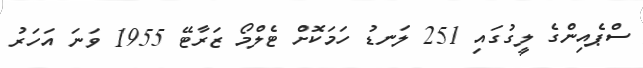
ސްޕެއިންގެ ލީގުގައި 251 ލަނޑު ހަމަކޮށް ޓެލްމޯ ޒަރާޓޭ 1955 ވަނަ އަހަރު